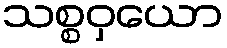
သစ္စဝှယော